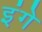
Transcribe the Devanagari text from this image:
इंगे